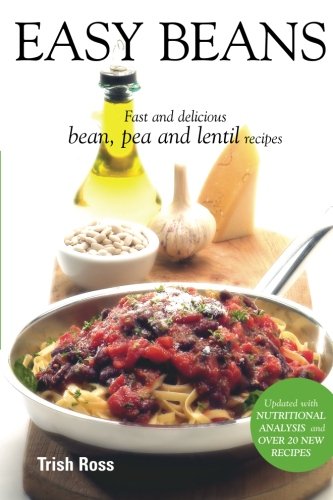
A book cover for Easy Beans: Fast and Delicious Bean, Pea, and Lentil Recipes, Second Edition; Trish Ross; Cookbooks, Food & Wine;